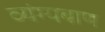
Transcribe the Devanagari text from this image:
व्यंग्यबाण